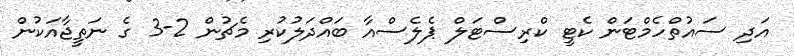
އަދި ސައުތްހެމްޓަން ކެޓީ ކްރިސްޓަލް ޕެލެސްއާ ބައްދަލުކުރި މެޗުން 2-3 ގެ ނަތީޖާއަކުން